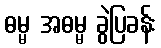
ဓမ္မ အဓမ္မ ခွဲပြခန်း